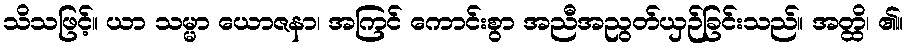
သိသဖြင့်။ ယာ သမ္မာ ယောဇနာ၊ အကြင် ကောင်းစွာ အညီအညွတ်ယှဉ်ခြင်းသည်။ အတ္ထိ၊ ၏။